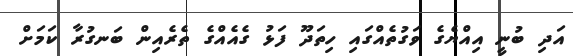
އަދި ބުނީ އިއްޔެގެ ވަގުތެއްގައި ހިތަދޫ ފަޅު ގެއެއްގެ ތެރެއިން ބަނގުރާ ކަމަށް